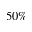
5 0 \%